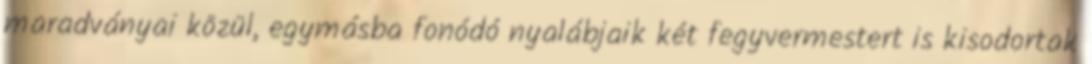
maradványai közül, egymásba fonódó nyalábjaik két fegyvermestert is kisodortak